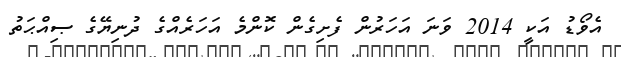
އެވޯޑު އަކީ 2014 ވަނަ އަހަރުން ފެށިގެން ކޮންމެ އަހަރެއްގެ ދުނިޔޭގެ ޞިއްޙަތު